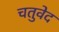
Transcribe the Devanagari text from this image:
चतुवेद